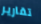
تقارير